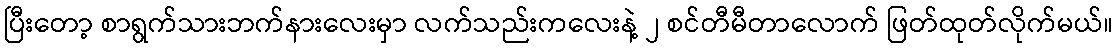
ပြီးတော့ စာရွက်သားဘက်နားလေးမှာ လက်သည်းကလေးနဲ့ ၂ စင်တီမီတာလောက် ဖြတ်ထုတ်လိုက်မယ်။